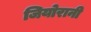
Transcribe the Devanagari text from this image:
जियोरानी